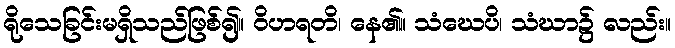
ရိုသေခြင်းမရှိသည်ဖြစ်၍။ ဝိဟရတိ၊ နေ၏။ သံဃေပိ၊ သံဃာ၌ လည်း။